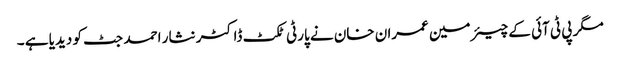
مگر پی ٹی آئی کے چیئرمین عمران خان نے پارٹی ٹکٹ ڈاکٹر نثار احمد جٹ کو دیدیا ہے ۔